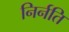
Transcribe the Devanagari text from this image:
निर्नति